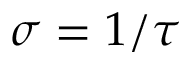
\sigma = 1 / \tau